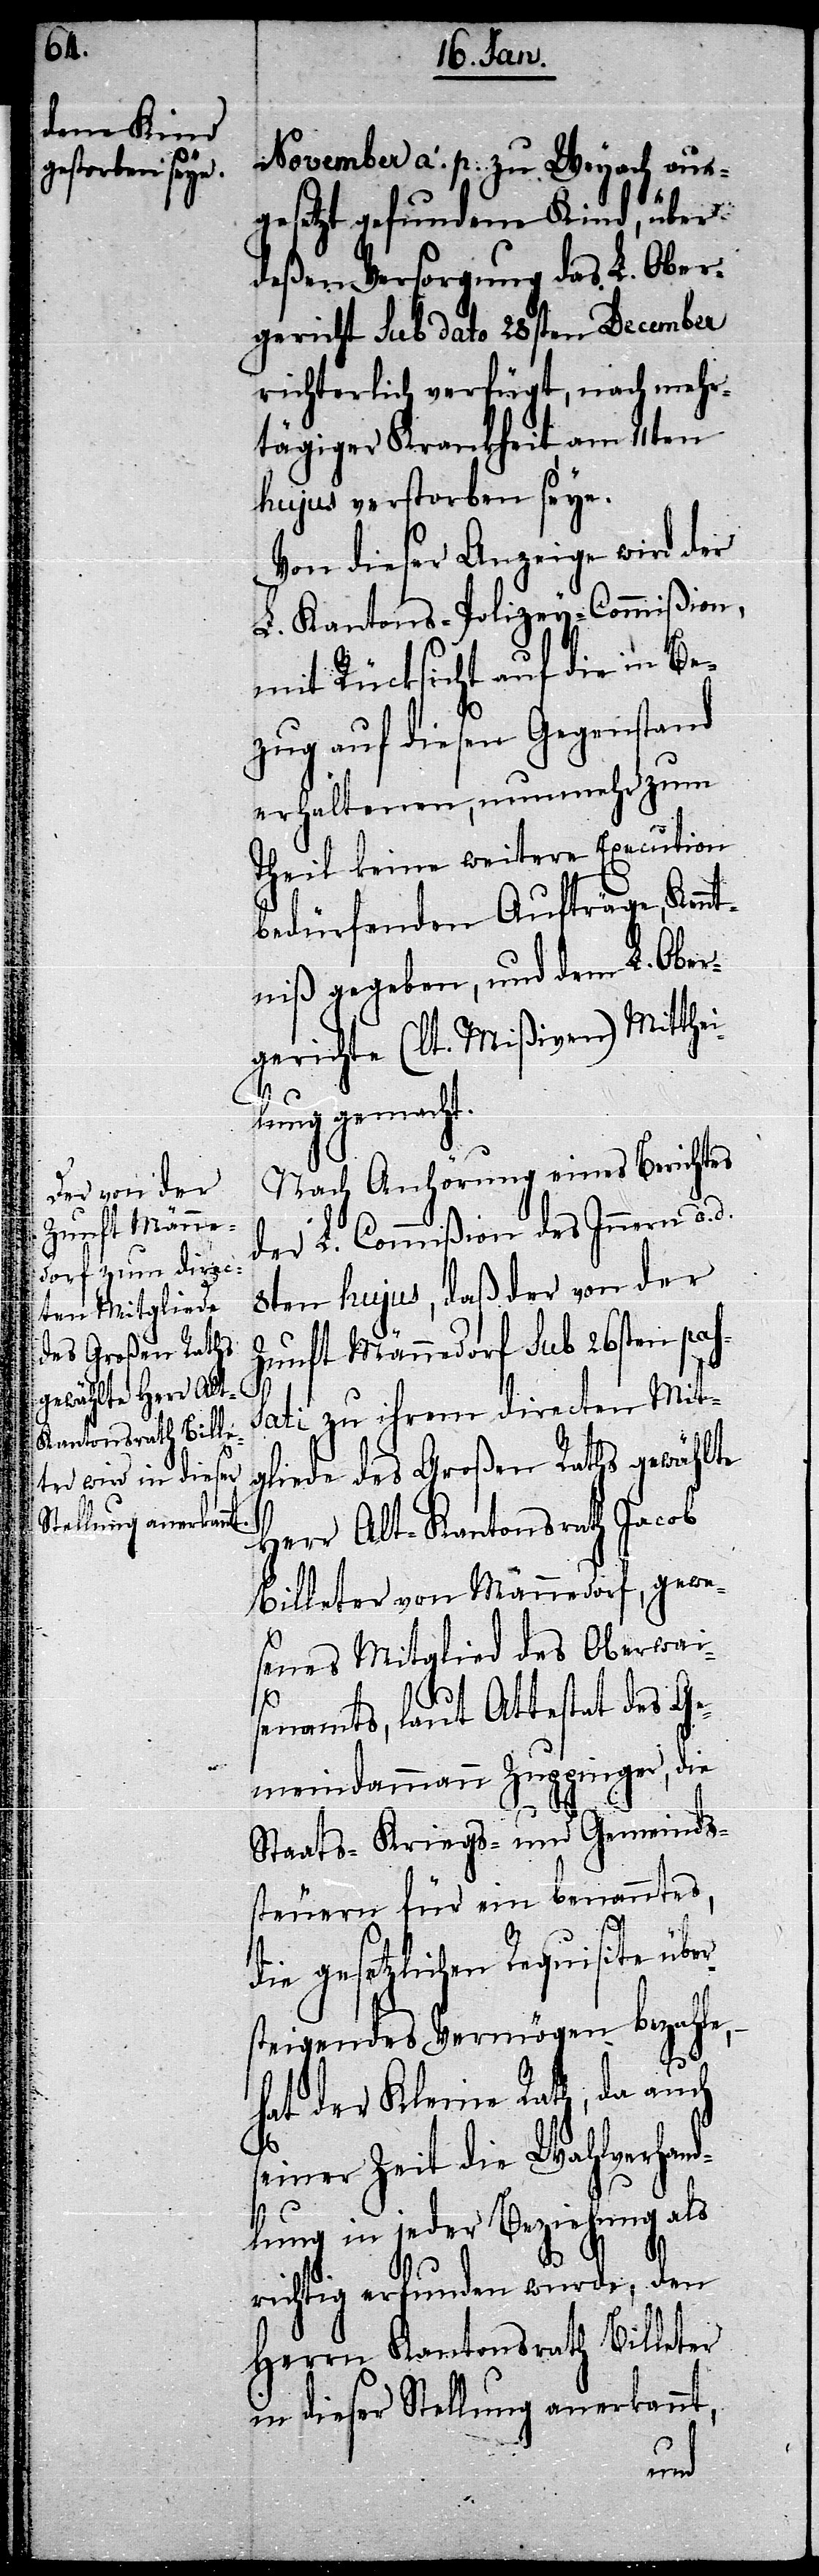
November a. p. zu Weyach aus¬
gesetzt gefundene Kind, über
deßen Versorgung das L. Ober¬
gericht sub dato 28sten December
richterlich verfügt, nach mehr¬
tägiger Krankheit, am 11ten
hujus verstorben seye.
Von dieser Anzeige wird der
L. Kantons-Polizey-Commißion,
mit Rücksicht auf die in Be¬
zug auf diesen Gegenstand
erhaltenen, nunmehr zum
Theil keine weitere Execution
bedürfenden Aufträge, Kennt¬
niß gegeben, und dem L. Ober¬
gerichte (lt. Mißiven) Mitthei¬
lung gemacht.
Nach Anhörung eines Berichtes
der L. Commißion des Innern d. d.
8ten hujus, daß der von der
Zunft Männedorf sub 26sten pas¬
sati zu ihrem directen Mit¬
gliede des Großen Raths gewählte
Herr Alt-Kantonsrath Jacob
Billeter von Männedorf, gewe¬
senes Mitglied des Oberwai¬
senamts, laut Attestat des Ge¬
meindammann Zuppinger, die
Staats-[,] Kriegs- und Gemeinds¬
steuern für ein benanntes,
die gesetzlichen Requisite übe¬
teigendes Vermögen bezahle,
hat der Kleine Rath, da auch
rs¬
seiner Zeit die Wahlverhand¬
lung in jeder Beziehung als
richtig erfunden wurde, den
Herrn Kantonsrath Billeter
in dieser Stellung anerkannt,